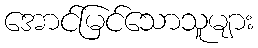
အောင်မြင်သောသူများ